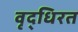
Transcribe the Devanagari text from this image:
वृद्धिरत